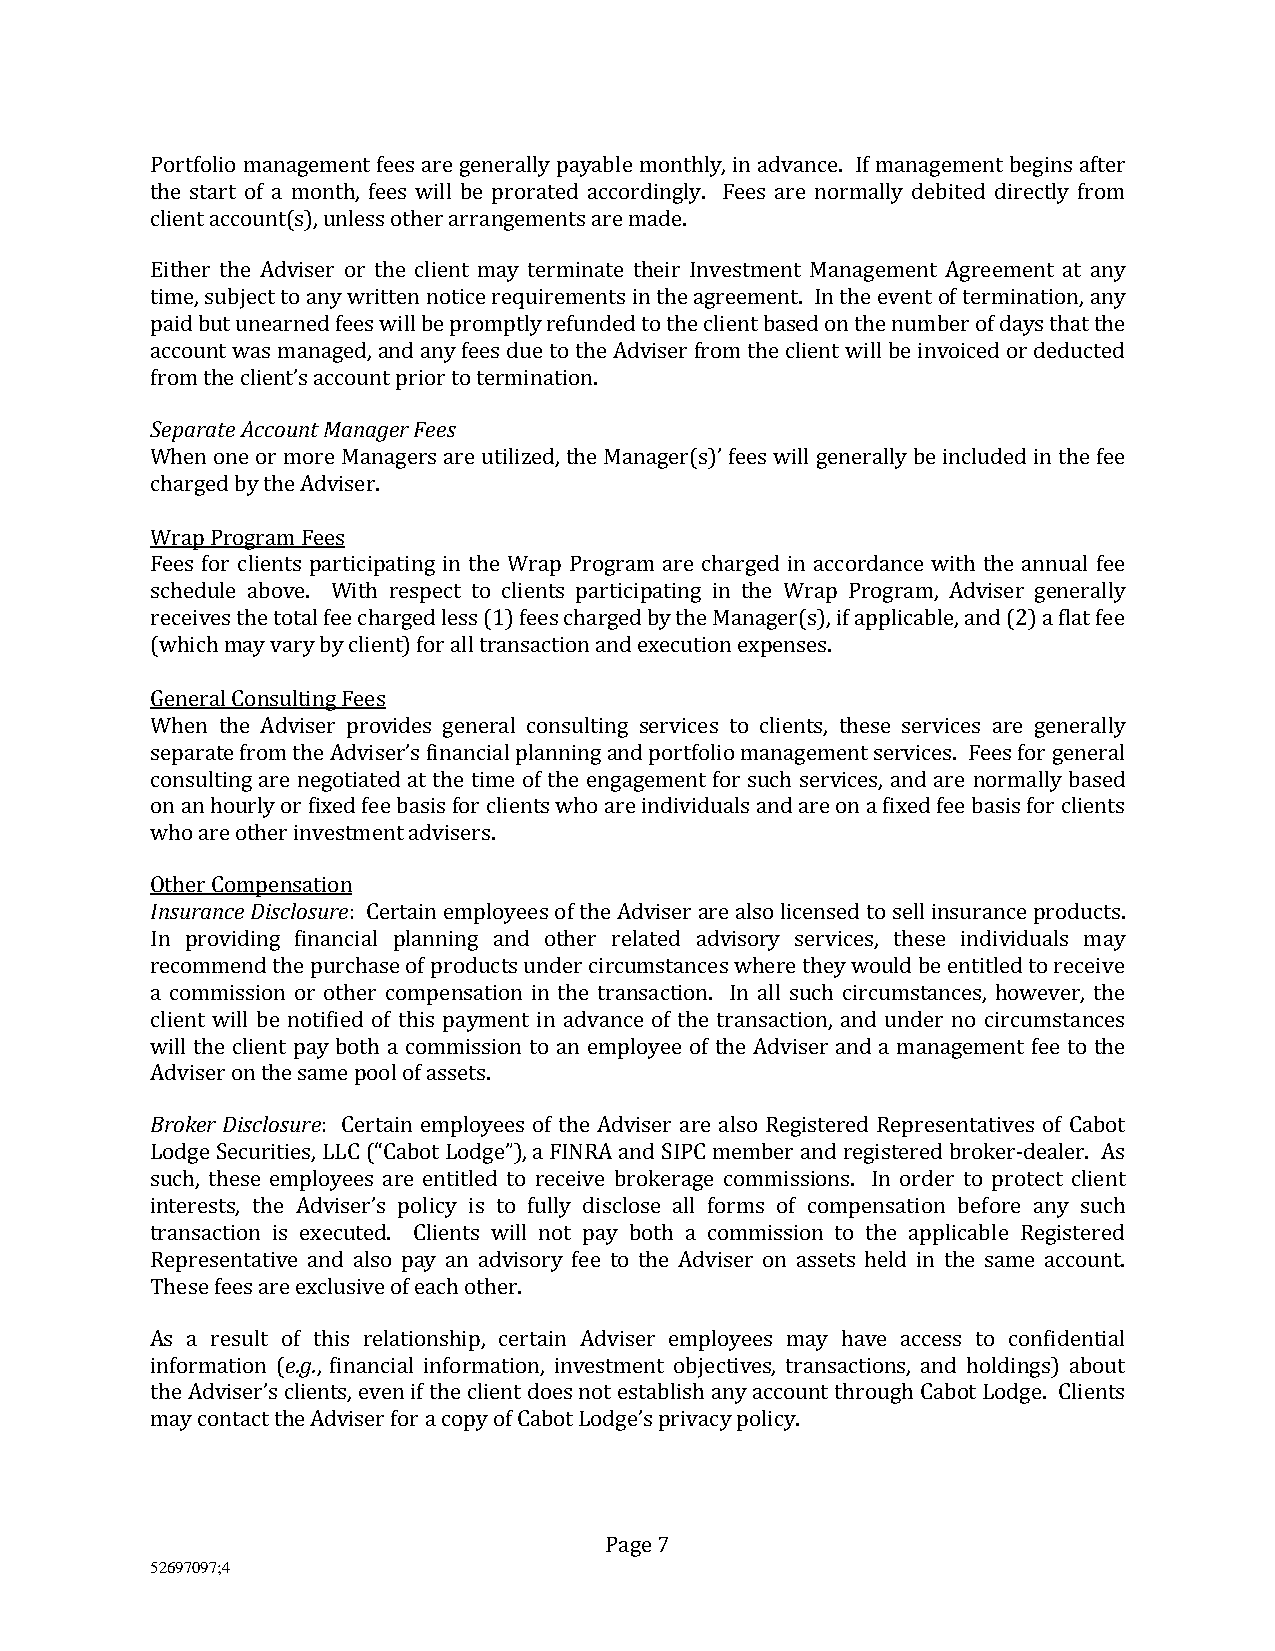
Portfolio management fees are generally payable monthly, in advance. If management begins after
 the start of a month, fees will be prorated accordingly. Fees are normally debited directly from
 client account(s), unless other arrangements are made.
 Either the Adviser or the client may terminate their Investment Management Agreement at any
 time, subject to any written notice requirements in the agreement. In the event of termination, any
 paid but unearned fees will be promptly refunded to the client based on the number of days that the
 account was managed, and any fees due to the Adviser from the client will be invoiced or deducted
 from the client’s account prior to termination.
 Separate Account Manager Fees
 When one or more Managers are utilized, the Manager(s)’ fees will generally be included in the fee
 charged by the Adviser.
 Wrap Program Fees
 Fees for clients participating in the Wrap Program are charged in accordance with the annual fee
 schedule above. With respect to clients participating in the Wrap Program, Adviser generally
 receives the total fee charged less (1) fees charged by the Manager(s), if applicable, and (2) a flat fee
 (which may vary by client) for all transaction and execution expenses.
 General Consulting Fees
 When the Adviser provides general consulting services to clients, these services are generally
 separate from the Adviser’s financial planning and portfolio management services. Fees for general
 consulting are negotiated at the time of the engagement for such services, and are normally based
 on an hourly or fixed fee basis for clients who are individuals and are on a fixed fee basis for clients
 who are other investment advisers.
 Other Compensation
 Insurance Disclosure: Certain employees of the Adviser are also licensed to sell insurance products.
 In providing financial planning and other related advisory services, these individuals may
 recommend the purchase of products under circumstances where they would be entitled to receive
 a commission or other compensation in the transaction. In all such circumstances, however, the
 client will be notified of this payment in advance of the transaction, and under no circumstances
 will the client pay both a commission to an employee of the Adviser and a management fee to the
 Adviser on the same pool of assets.
 Broker Disclosure: Certain employees of the Adviser are also Registered Representatives of Cabot
 Lodge Securities, LLC (“Cabot Lodge”), a FINRA and SIPC member and registered broker-dealer. As
 such, these employees are entitled to receive brokerage commissions. In order to protect client
 interests, the Adviser’s policy is to fully disclose all forms of compensation before any such
 transaction is executed. Clients will not pay both a commission to the applicable Registered
 Representative and also pay an advisory fee to the Adviser on assets held in the same account.
 These fees are exclusive of each other.
 As a result of this relationship, certain Adviser employees may have access to confidential
 information (e.g., financial information, investment objectives, transactions, and holdings) about
 the Adviser’s clients, even if the client does not establish any account through Cabot Lodge. Clients
 may contact the Adviser for a copy of Cabot Lodge’s privacy policy.
 Page 7
 52697097;4